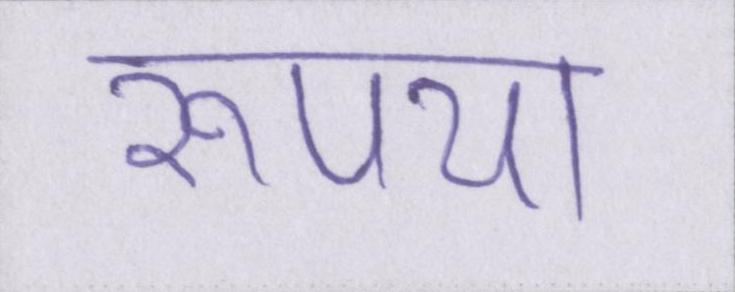
रूपया